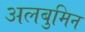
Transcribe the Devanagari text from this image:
अलबुमिन